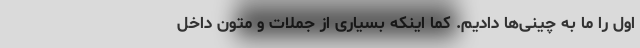
اول را ما به چینی‌ها دادیم. کما اینکه بسیاری از جملات و متون داخل